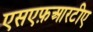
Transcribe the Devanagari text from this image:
एसएफ़आरटीए